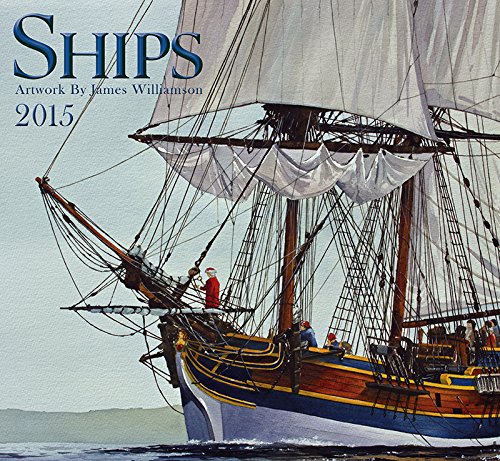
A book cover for Ships 2015; Zebra Publishing Corp.; Calendars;